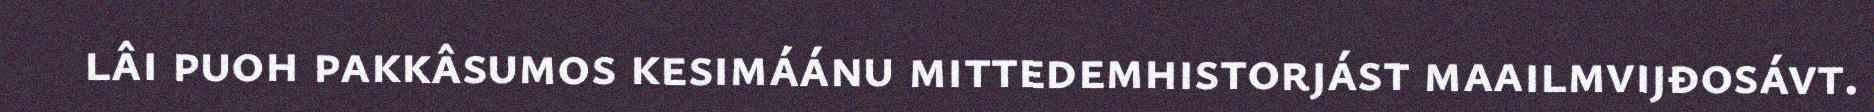
lâi puoh pakkâsumos kesimáánu mittedemhistorjást maailmvijđosávt.